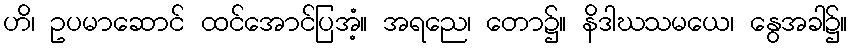
ဟိ၊ ဥပမာဆောင် ထင်အောင်ပြအံ့။ အရညေ၊ တော၌။ နိဒါဃသမယေ၊ နွေအခါ၌။